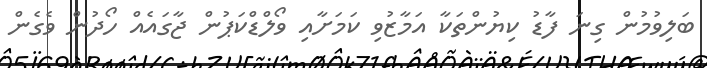
ބަލިވުމުން ގިނަ ފާޑު ކިޔުންތަކާ އަމާޒުވި ކަމަށާއި ވޯލްޑްކަޕުން ޖާގައެއް ހޯދުން ވެގެން